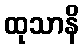
ထုသာနိ